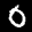
Label: 0